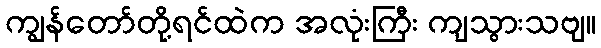
ကျွန်တော်တို့ရင်ထဲက အလုံးကြီး ကျသွားသဗျ။